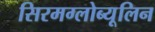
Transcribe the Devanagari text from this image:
सिरमग्लोब्यूलिन